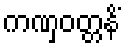
ကဏှဝတ္တနိံ